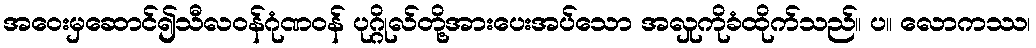
အဝေးမှဆောင်၍သီလဝန်ဂုံဏဝန် ပုဂ္ဂိုလ်တို့အားပေးအပ်သော အလှုကိုခံထိုက်သည်။ ပ။ လောကဿ၊